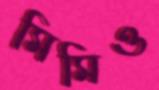
মিমিও